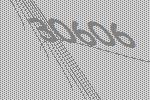
30606